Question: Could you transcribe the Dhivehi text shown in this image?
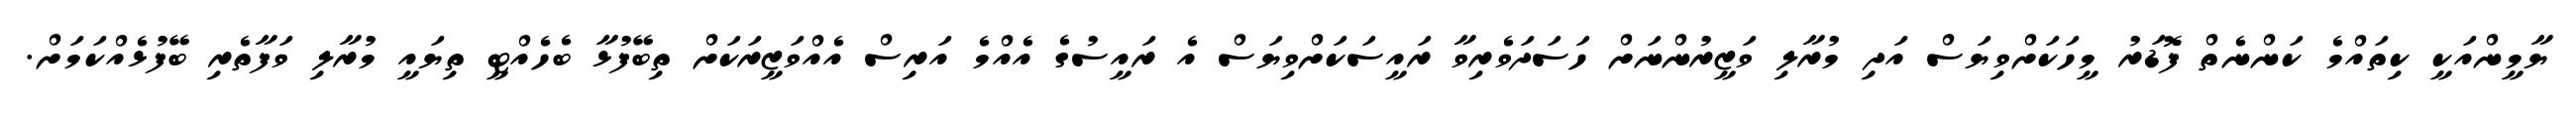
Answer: ޔާމީންއަކީ ކިތައްމެ ކަންނެތް ފޮޑަރު މީހަކަށްވިޔަސް އަދި މުރާލި ވަޒީރުންނަށް ހަސަދަވެރިވާ ރައީސަކަށްވިޔަސް އެ ރައީސުގެ އެއްމެ އަރިސް އެއްވަޒީރަކަށް ތިބޭފުޅާ ބެހެއްޓީ ތިޔައީ މުރާލި ވަފާތެރި ބޭފުޅެއްކަމަށް.